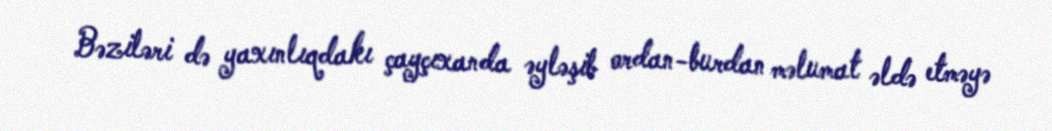
Bəziləri də yaxınlıqdakı çayçıxanda əyləşib ordan-burdan məlumat əldə etməyə